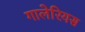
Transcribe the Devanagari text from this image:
गालेरियस